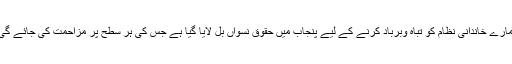
ہمارے خاندانی نظام کو تباہ وبرباد کرنے کے لیے پنجاب میں حقوق نسواں بل لایا گیا ہے جس کی ہر سطح پر مزاحمت کی جائے گی۔